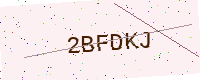
Text: 2BFDKJ